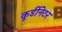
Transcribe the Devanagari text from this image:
कूर्डीनेटर